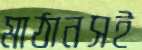
মাঠানসই